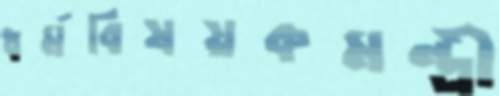
ধর্মবিষয়কমন্ত্রী